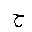
Letter: _ha